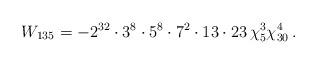
LaTeX: \begin{align*}W_{135}=-2^{32}\cdot 3^{8}\cdot 5^8\cdot 7^2 \cdot 13 \cdot 23\, \chi_5^3\chi_{30}^4\, .\end{align*}